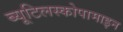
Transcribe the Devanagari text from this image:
ब्यूटिलस्कोपामाइन